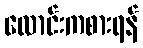
လောင်းကစားရန်